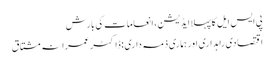
پی ایس ایل کا پہلا ایڈیشن، انعامات کی بارش
اقتصادی راہداری اور ہماری ذمہ داری :ڈاکٹر عمرانہ مشتاق